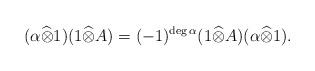
LaTeX: \begin{align*}(\alpha\widehat{\otimes}1)(1\widehat{\otimes}A)=(-1)^{\deg \alpha}(1\widehat{\otimes}A)(\alpha\widehat{\otimes}1).\end{align*}